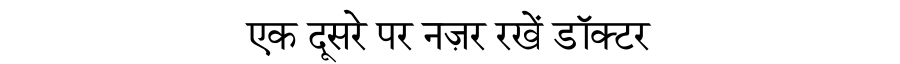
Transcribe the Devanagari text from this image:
एक दूसरे पर नज़र रखें डॉक्टर